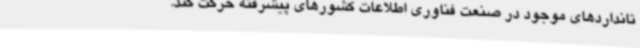
تانداردهای موجود در صنعت فناوری اطلاعات کشورهای پیشرفته حرکت کند.